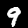
Label: 9